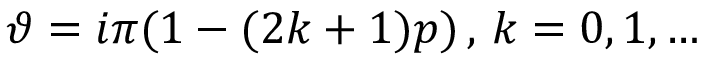
\vartheta = i \pi ( 1 - ( 2 k + 1 ) p ) \, , \, k = 0 , 1 , \ldots